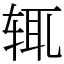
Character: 辄